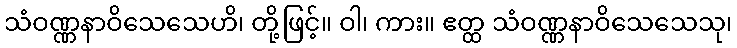
သံဝဏ္ဏနာဝိသေသေဟိ၊ တို့ဖြင့်။ ဝါ၊ ကား။ ဧတ္ထ သံဝဏ္ဏနာဝိသေသေသု၊